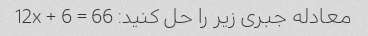
معادله جبری زیر را حل کنید: 12x + 6 = 66